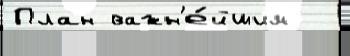
План важн'е́йшим